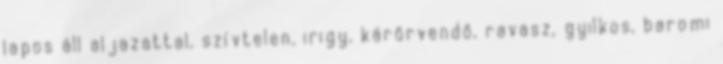
lapos áll aljazattal, szívtelen, irigy, kárörvendő, ravasz, gyilkos, baromi